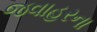
જવાહરના